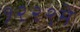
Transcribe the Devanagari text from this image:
१२२९मे